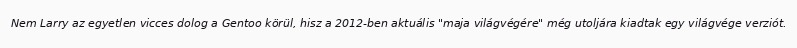
Nem Larry az egyetlen vicces dolog a Gentoo körül, hisz a 2012-ben aktuális "maja világvégére" még utoljára kiadtak egy világvége verziót.